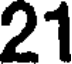
21